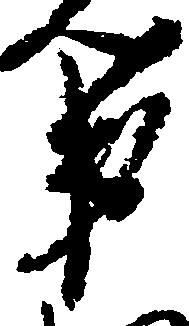
弟